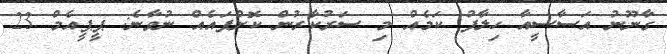
ގާނޫނު އަސާސީއާ ހިލާފު ކަމެއް މި ސަރުކާރުން ކޮށްފައެއް ނުވާނެ: ޕީޕީއެމް 23